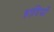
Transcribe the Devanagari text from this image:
हादियों